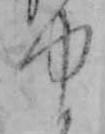
ゆ